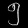
Digit: ၅